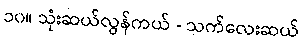
၁၀။ သုံးဆယ်လွန်ကယ် - သက်လေးဆယ်